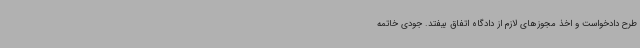
طرح دادخواست و اخذ مجوزهای لازم از دادگاه اتفاق بیفتد. جودی خاتمه